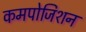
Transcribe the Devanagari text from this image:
कमपोजिशन